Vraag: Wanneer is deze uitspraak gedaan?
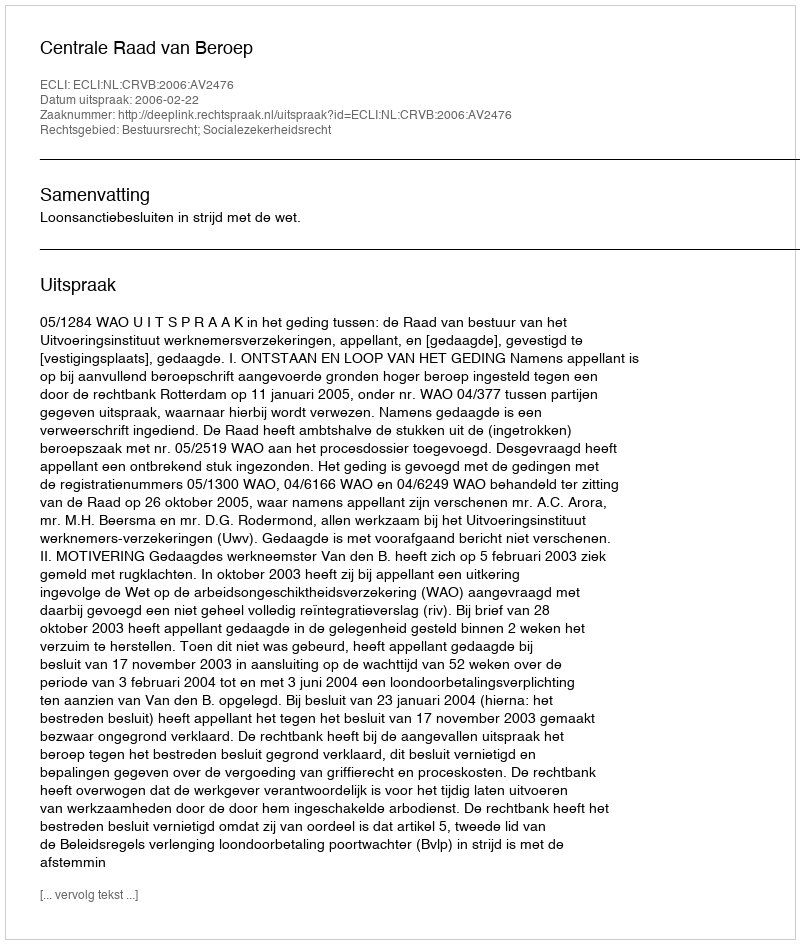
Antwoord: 2006-02-22